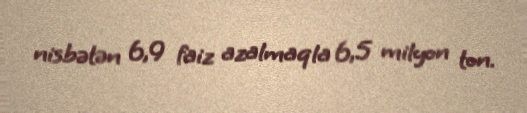
nisbətən 6,9 faiz azalmaqla 6,5 milyon ton.